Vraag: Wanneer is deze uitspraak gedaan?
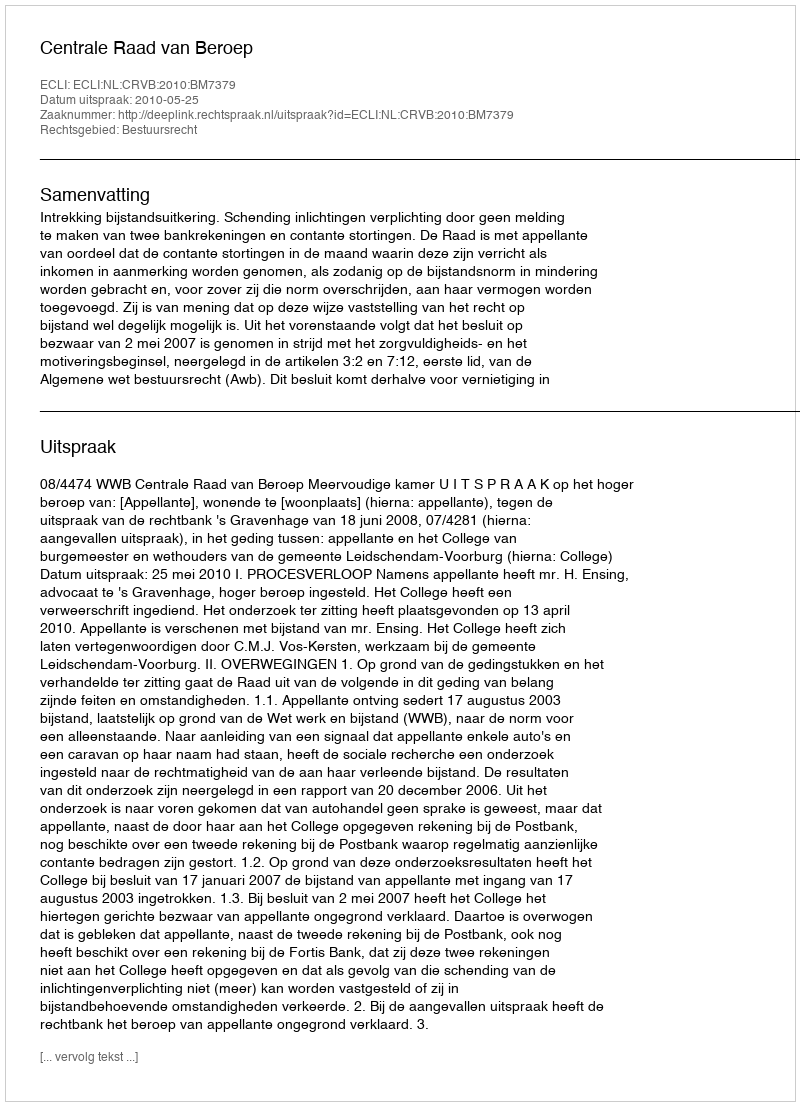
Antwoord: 2010-05-25